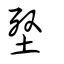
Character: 𡋹